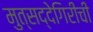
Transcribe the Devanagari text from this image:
मुत्सद्देगिरीची